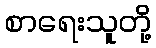
စာရေးသူတို့